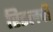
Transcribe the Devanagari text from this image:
रिडलची